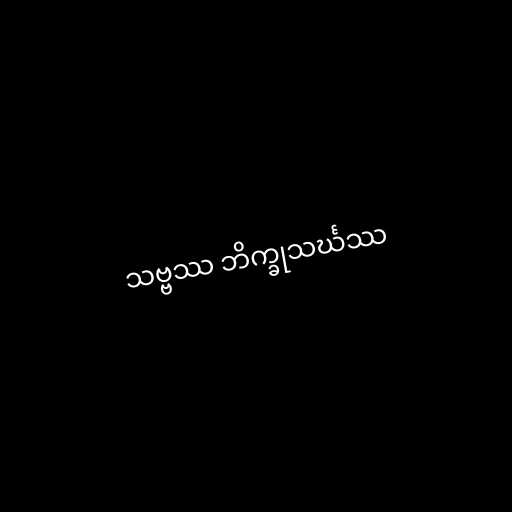
သဗ္ဗဿ ဘိက္ခုသင်္ဃဿ